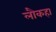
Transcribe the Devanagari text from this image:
लौकहा